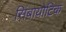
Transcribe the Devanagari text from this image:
सिंबायोटिक